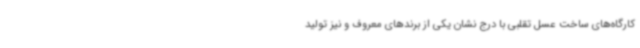
کارگاه‌های ساخت عسل تقلبی با درج نشان یکی از برندهای معروف و نیز تولید